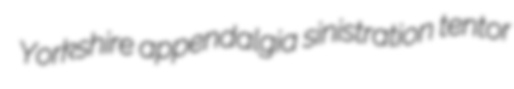
Yorkshire appendalgia sinistration tentor